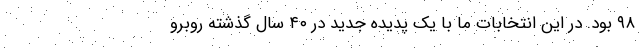
۹۸ ّبود. در این انتخابات ما با یک پدیده جدید در ۴۰ سال گذشته روبرو